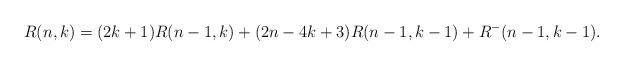
LaTeX: \begin{align*}R(n,k)=(2k+1)R(n-1,k)+(2n-4k+3)R(n-1,k-1)+R^-(n-1,k-1).\end{align*}